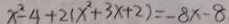
x ^ { 2 } - 4 + 2 ( x ^ { 2 } + 3 x + 2 ) = - 8 x - 8